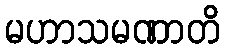
မဟာသမဏာတိ